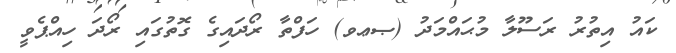
ކައު އިތުރު ރަސޫލާ މުޙައްމަދު (ޞޢވ) ހަފްތާ ރޯދައިގެ ގޮތުގައި ރޯދަ ހިއްޕެވީ